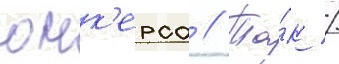
юнк'ерса // Та́к /